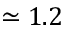
\simeq 1 . 2